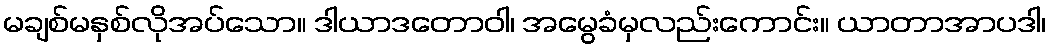
မချစ်မနှစ်လိုအပ်သော။ ဒါယာဒတောဝါ၊ အမွေခံမှလည်းကောင်း။ ယာတာအာပဒါ၊